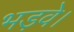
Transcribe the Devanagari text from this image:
भड़वे।